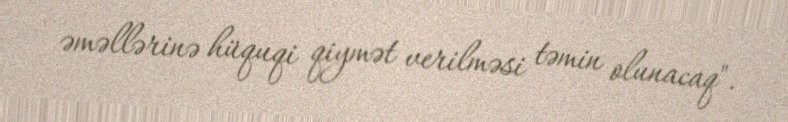
əməllərinə hüquqi qiymət verilməsi təmin olunacaq".